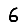
Digit: 6